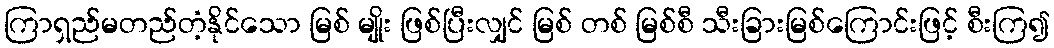
ကြာရှည်မတည်တံ့နိုင်သော မြစ် မျိုး ဖြစ်ပြီးလျှင် မြစ် တစ် မြစ်စီ သီးခြားမြစ်ကြောင်းဖြင့် စီးကြ၍